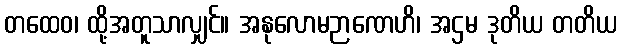
တထေဝ၊ ထို့အတူသာလျှင်။ အနုလောမဉာဏေဟိ၊ အဌမ ဒုတိယ တတိယ